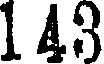
1 43